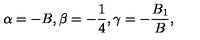
\alpha = - B , \beta = - \frac { 1 } { 4 } , \gamma = - \frac { B _ { 1 } } { B } ,